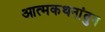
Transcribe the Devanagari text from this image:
आत्मकथनांतुन